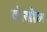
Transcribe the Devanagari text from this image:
वोसोल